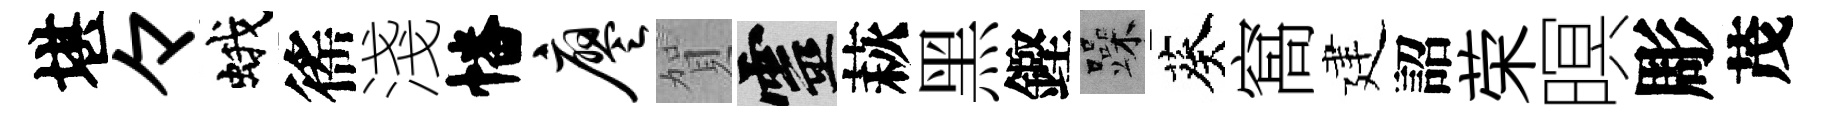
堪々蛾徭淺幡廖賀靈萩黑鏗躁葵窩建詔荣暝彫茂